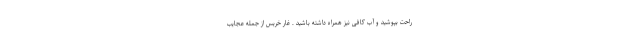
راحت بپوشید و آب کافی نیز همراه داشته باشید . غار خربس از جمله عجایب